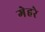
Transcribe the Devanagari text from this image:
गेहरे